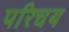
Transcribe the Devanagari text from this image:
परिचय